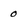
Character: 0